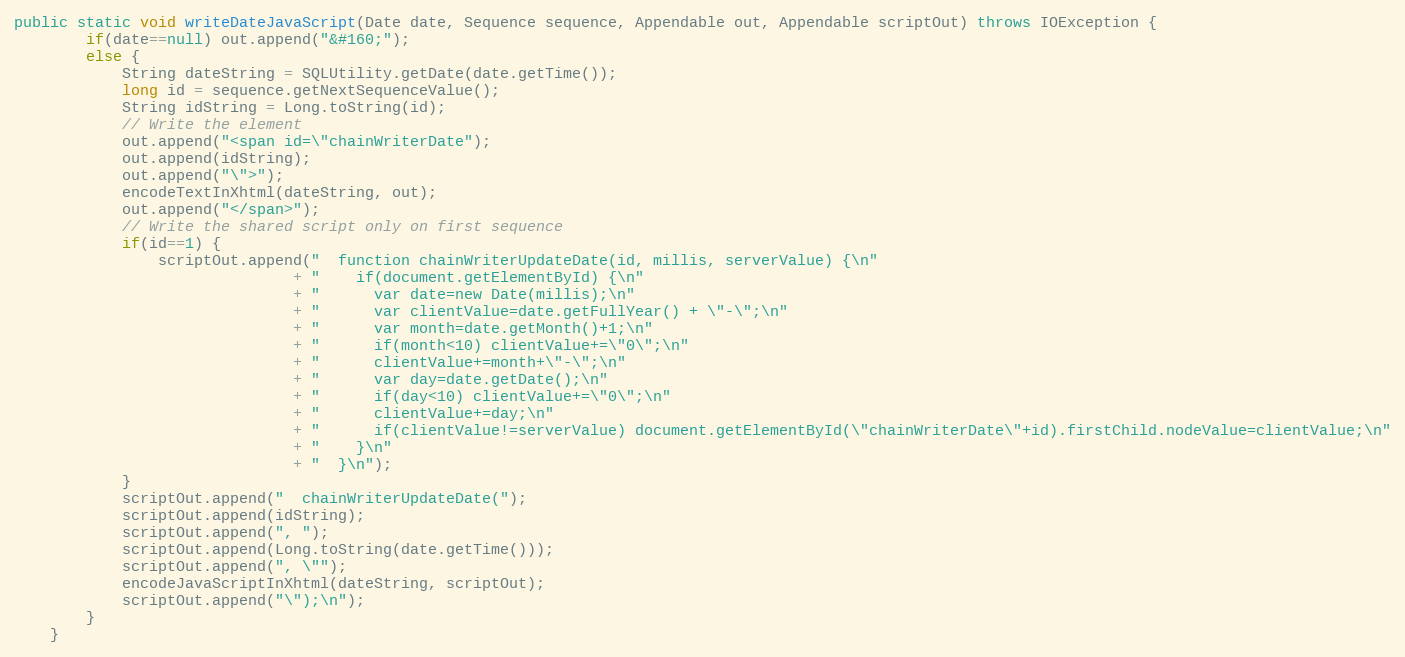
Language: Java
public static void writeDateJavaScript(Date date, Sequence sequence, Appendable out, Appendable scriptOut) throws IOException {
		if(date==null) out.append("&#160;");
		else {
			String dateString = SQLUtility.getDate(date.getTime());
			long id = sequence.getNextSequenceValue();
			String idString = Long.toString(id);
			// Write the element
			out.append("<span id=\"chainWriterDate");
			out.append(idString);
			out.append("\">");
			encodeTextInXhtml(dateString, out);
			out.append("</span>");
			// Write the shared script only on first sequence
			if(id==1) {
				scriptOut.append("  function chainWriterUpdateDate(id, millis, serverValue) {\n"
							   + "    if(document.getElementById) {\n"
							   + "      var date=new Date(millis);\n"
							   + "      var clientValue=date.getFullYear() + \"-\";\n"
							   + "      var month=date.getMonth()+1;\n"
							   + "      if(month<10) clientValue+=\"0\";\n"
							   + "      clientValue+=month+\"-\";\n"
							   + "      var day=date.getDate();\n"
							   + "      if(day<10) clientValue+=\"0\";\n"
							   + "      clientValue+=day;\n"
							   + "      if(clientValue!=serverValue) document.getElementById(\"chainWriterDate\"+id).firstChild.nodeValue=clientValue;\n"
							   + "    }\n"
							   + "  }\n");
			}
			scriptOut.append("  chainWriterUpdateDate(");
			scriptOut.append(idString);
			scriptOut.append(", ");
			scriptOut.append(Long.toString(date.getTime()));
			scriptOut.append(", \"");
			encodeJavaScriptInXhtml(dateString, scriptOut);
			scriptOut.append("\");\n");
		}
	}